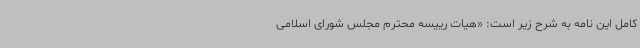
کامل این نامه به شرح زیر است: «هیات رییسه محترم مجلس شورای اسلامی